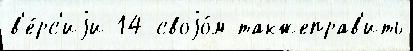
в'е́рс'иjи 14 своjо́м такжеправ'ить